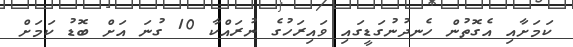
ކަމަށާއި އެގޮތުން ހެނދުނުގަޑީގައި ވައިރަހުގެ ނުރައްކާ 10 ގުނަ އަށް ބޮޑު ކަމަށް